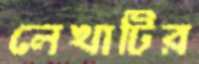
লেখাটির